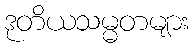
ဒုတိယသမ္မတများ